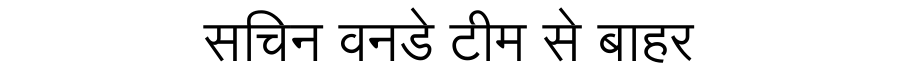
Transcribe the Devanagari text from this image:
सचिन वनडे टीम से बाहर